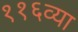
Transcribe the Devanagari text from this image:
११६व्या